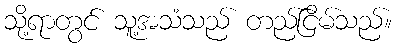
သို့ရာတွင် သူ့အသံသည် တည်ငြိမ်သည်။